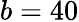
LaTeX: b=40